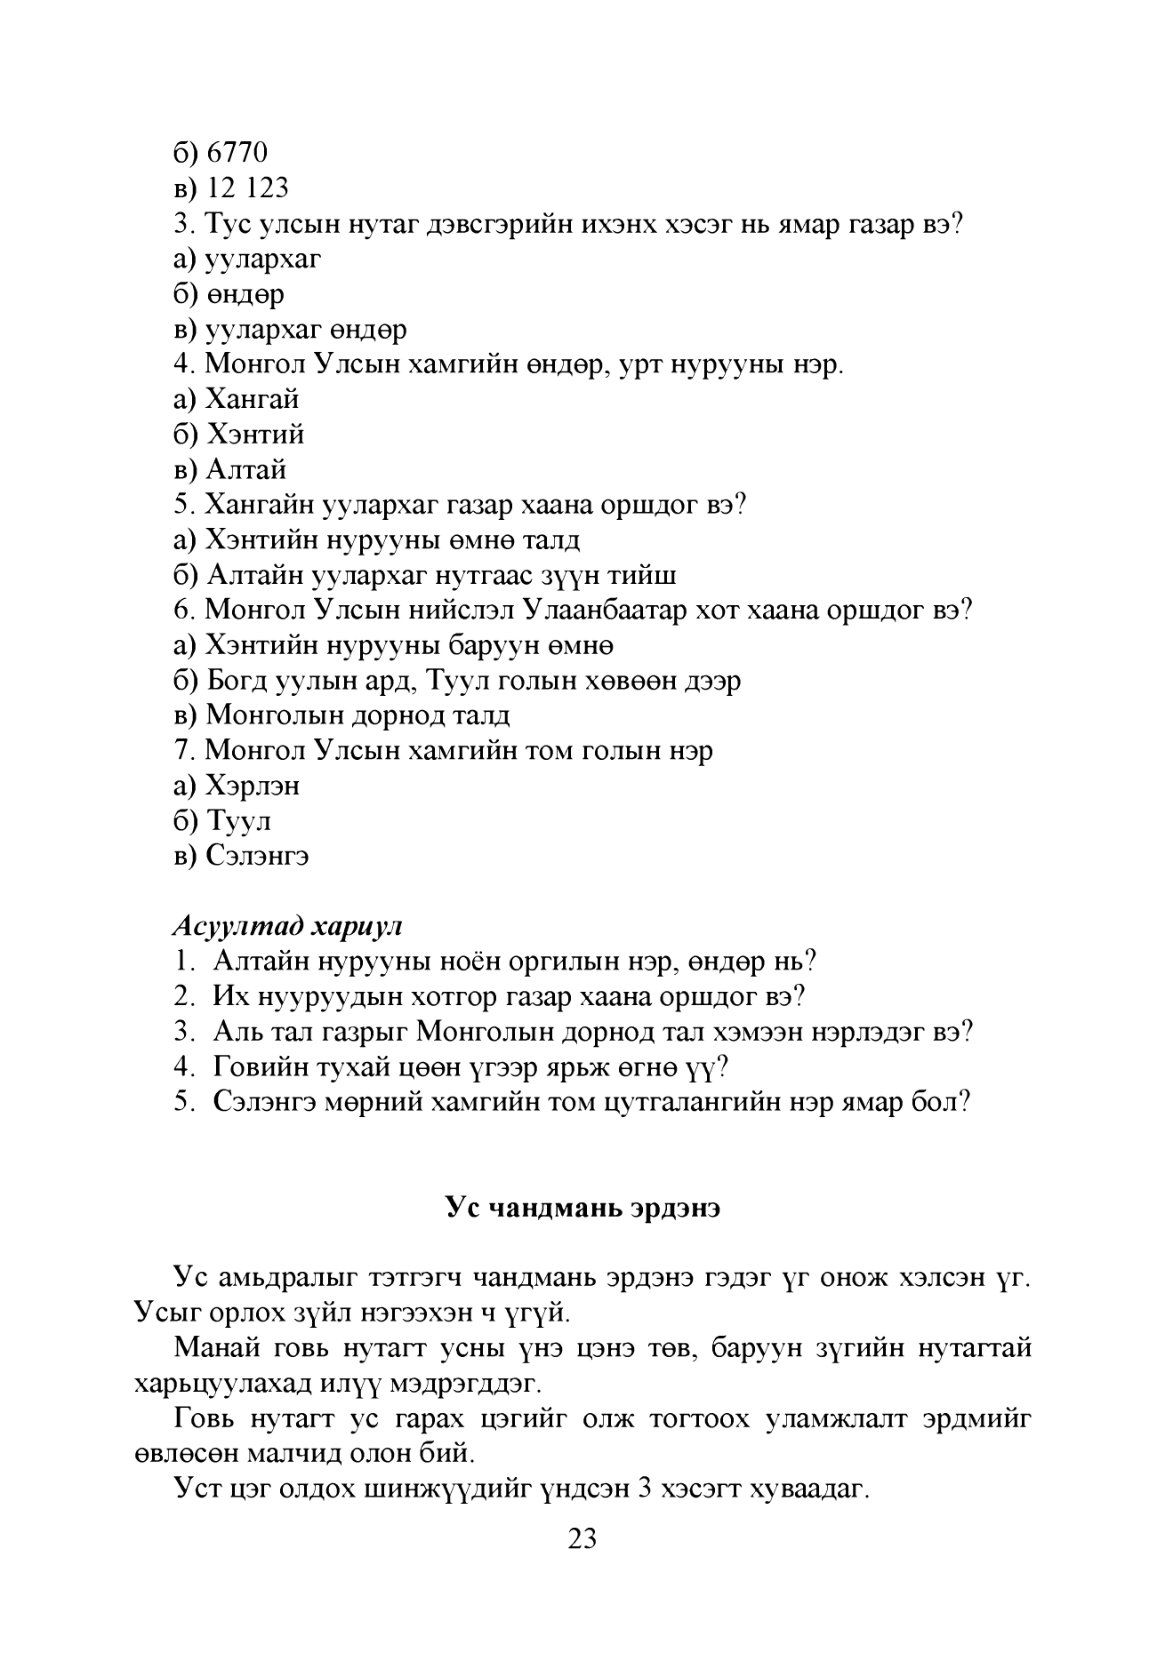
Language: mn